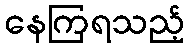
နေကြရသည့်